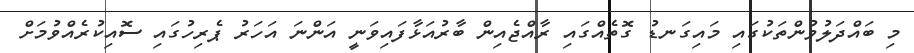
މި ބައްދަލުވުންތަކުގައި މައިގަނޑު ގޮތެއްގައި ރާއްޖެއިން ބާރުއަޅާފައިވަނީ އަންނަ އަހަރު ޕެރިހުގައި ސޮއިކުރެއްވުމަށް